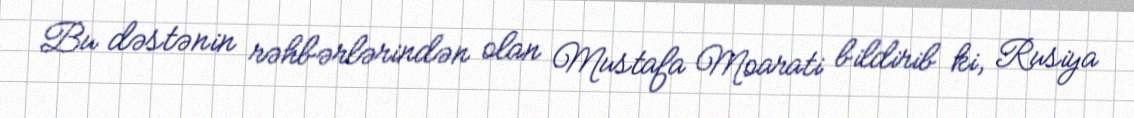
Bu dəstənin rəhbərlərindən olan Mustafa Moarati bildirib ki, Rusiya